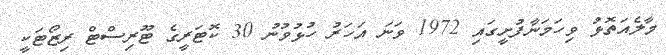
މާލެއަތޮޅު ވިހަމަނާފުށީގައި 1972 ވަނަ އަހަރު ހުޅުވުނު 30 ކޮޓަރީގެ ޓޫރިސްޓް ރިޒޯޓަކީ